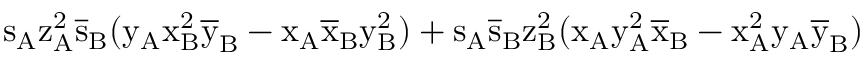
\mathrm { s _ { A } \mathrm { z _ { A } ^ { 2 } \mathrm { \overline { { s } } _ { B } ( \mathrm { y _ { A } \mathrm { x _ { B } ^ { 2 } \mathrm { \overline { { y } } _ { B } - \mathrm { x _ { A } \mathrm { \overline { { x } } _ { B } \mathrm { y _ { B } ^ { 2 } ) + \mathrm { s _ { A } \mathrm { \overline { { s } } _ { B } \mathrm { z _ { B } ^ { 2 } ( \mathrm { x _ { A } \mathrm { y _ { A } ^ { 2 } \mathrm { \overline { { x } } _ { B } - \mathrm { x _ { A } ^ { 2 } \mathrm { y _ { A } \mathrm { \overline { { y } } _ { B } ) } } } } } } } } } } } } } } } } } }